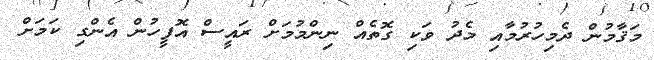
މަޤާމުން ދެމިހުރުމާއި މެދު ވަކި ގޮތެއް ނިންމުމަށް ރައީސް އޮފީހުން އެންގި ކަމަށް